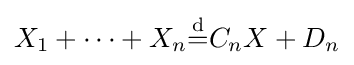
X_{1}+\cdots +X_{n}{\stackrel {\mathrm {d} }{=}}C_{n}X+D_{n}